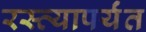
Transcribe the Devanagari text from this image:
रस्त्यापर्यंत